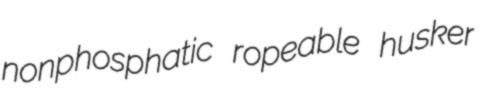
nonphosphatic ropeable husker